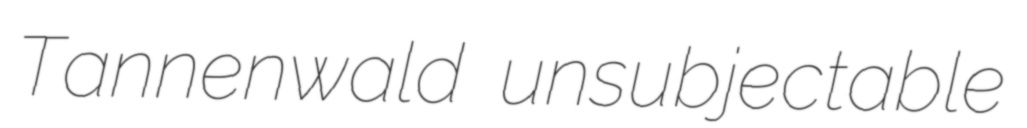
Tannenwald unsubjectable